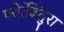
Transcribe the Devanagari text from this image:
फ्वेर्तेबेंतुरा